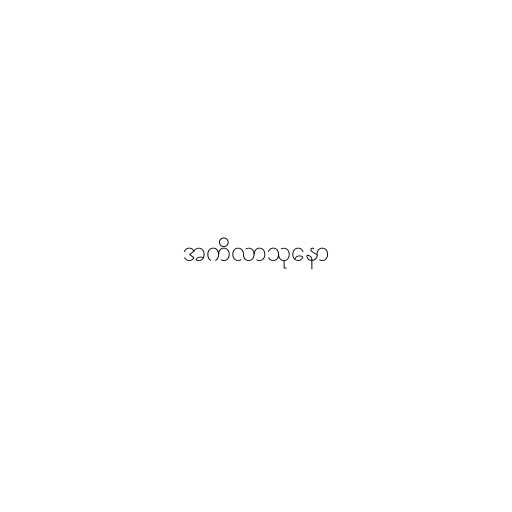
အကိလာသုနော